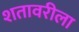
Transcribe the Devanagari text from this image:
शतावरीला